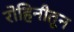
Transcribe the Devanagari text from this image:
रोहिनीतून